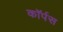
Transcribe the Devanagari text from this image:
काॅर्पस